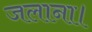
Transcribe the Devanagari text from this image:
जलाना।